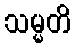
သမ္မတိ